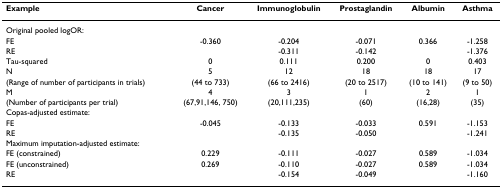
| Example | Cancer | Immunoglobulin | Prostaglandin | Albumin | Asthma |
 | --- | --- | --- | --- | --- | --- |
 | Original pooled logOR: |  |  |  |  |  |
 | FE | -0.360 | -0.204 | -0.071 | 0.366 | -1.258 |
 | RE |  | -0.311 | -0.142 |  | -1.376 |
 | Tau-squared | 0 | 0.111 | 0.200 | 0 | 0.403 |
 | N | 5 | 12 | 18 | 18 | 17 |
 | (Range of number of participants in trials) | (44 to 733) | (66 to 2416) | (20 to 2517) | (10 to 141) | (9 to 50) |
 | M | 4 | 3 | 1 | 2 | 1 |
 | (Number of participants per trial) | (67,91,146, 750) | (20,111,235) | (60) | (16,28) | (35) |
 | Copas-adjusted estimate: |  |  |  |  |  |
 | FE | -0.045 | -0.133 | -0.033 | 0.591 | -1.153 |
 | RE |  | -0.135 | -0.050 |  | -1.241 |
 | Maximum imputation-adjusted estimate: |  |  |  |  |  |
 | FE (constrained) | 0.229 | -0.111 | -0.027 | 0.589 | -1.034 |
 | FE (unconstrained) | 0.269 | -0.110 | -0.027 | 0.589 | -1.034 |
 | RE |  | -0.154 | -0.049 |  | -1.160 |